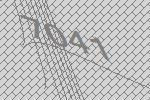
7041